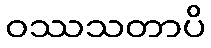
ဝဿသတာပိ